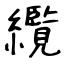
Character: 䌫